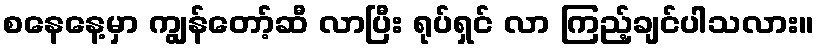
စနေနေ့မှာ ကျွန်တော့်ဆီ လာပြီး ရုပ်ရှင် လာ ကြည့်ချင်ပါသလား။